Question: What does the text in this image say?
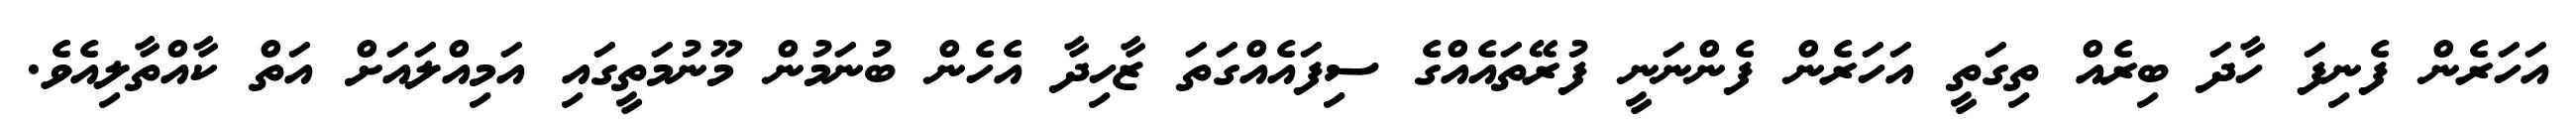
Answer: އަހަރެން ފެނިފަ ހާދަ ބިރެއް ތިގަތީ އަހަރެން ފެންނަނީ ފުރޭތައެއްގެ ސިފައެއްގަތަ ޒާހިދާ އެހެން ބުނަމުން މޫނުމަތީގައި އަމިއްލައަށް އަތް ކާއްތާލިއެވެ.